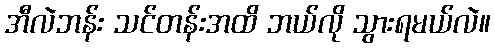
အီလဲဘန်း သင်တန်းအထိ ဘယ်လို သွားရမယ်လဲ။